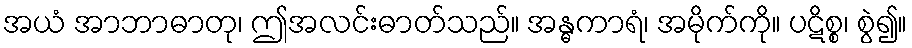
အယံ အာဘာဓာတု၊ ဤအလင်းဓာတ်သည်။ အန္ဓကာရံ၊ အမိုက်ကို။ ပဋိစ္စ၊ စွဲ၍။